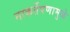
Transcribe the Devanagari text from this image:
नाकर्तेपणामुळे